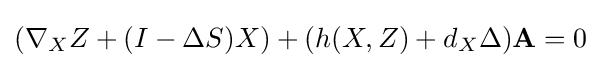
(\nabla _{X}Z+(I-\Delta S)X)+(h(X,Z)+d_{X}\Delta )\mathbf {A} =0